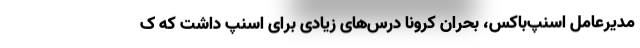
مدیرعامل اسنپ‌باکس، بحران کرونا درس‌های زیادی برای اسنپ داشت که ک